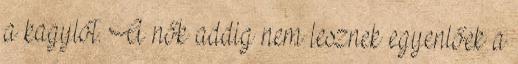
a kagylót. A nők addig nem lesznek egyenlőek a